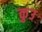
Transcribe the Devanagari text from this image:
कुउ